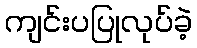
ကျင်းပပြုလုပ်ခဲ့